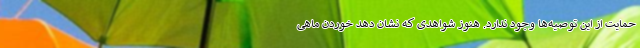
حمایت از این توصیه‌ها وجود ندارد. هنوز شواهدی که نشان دهد خوردن ماهی